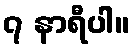
၇ နာရီပါ။